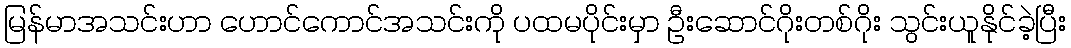
မြန်မာအသင်းဟာ ဟောင်ကောင်အသင်းကို ပထမပိုင်းမှာ ဦးဆောင်ဂိုးတစ်ဂိုး သွင်းယူနိုင်ခဲ့ပြီး